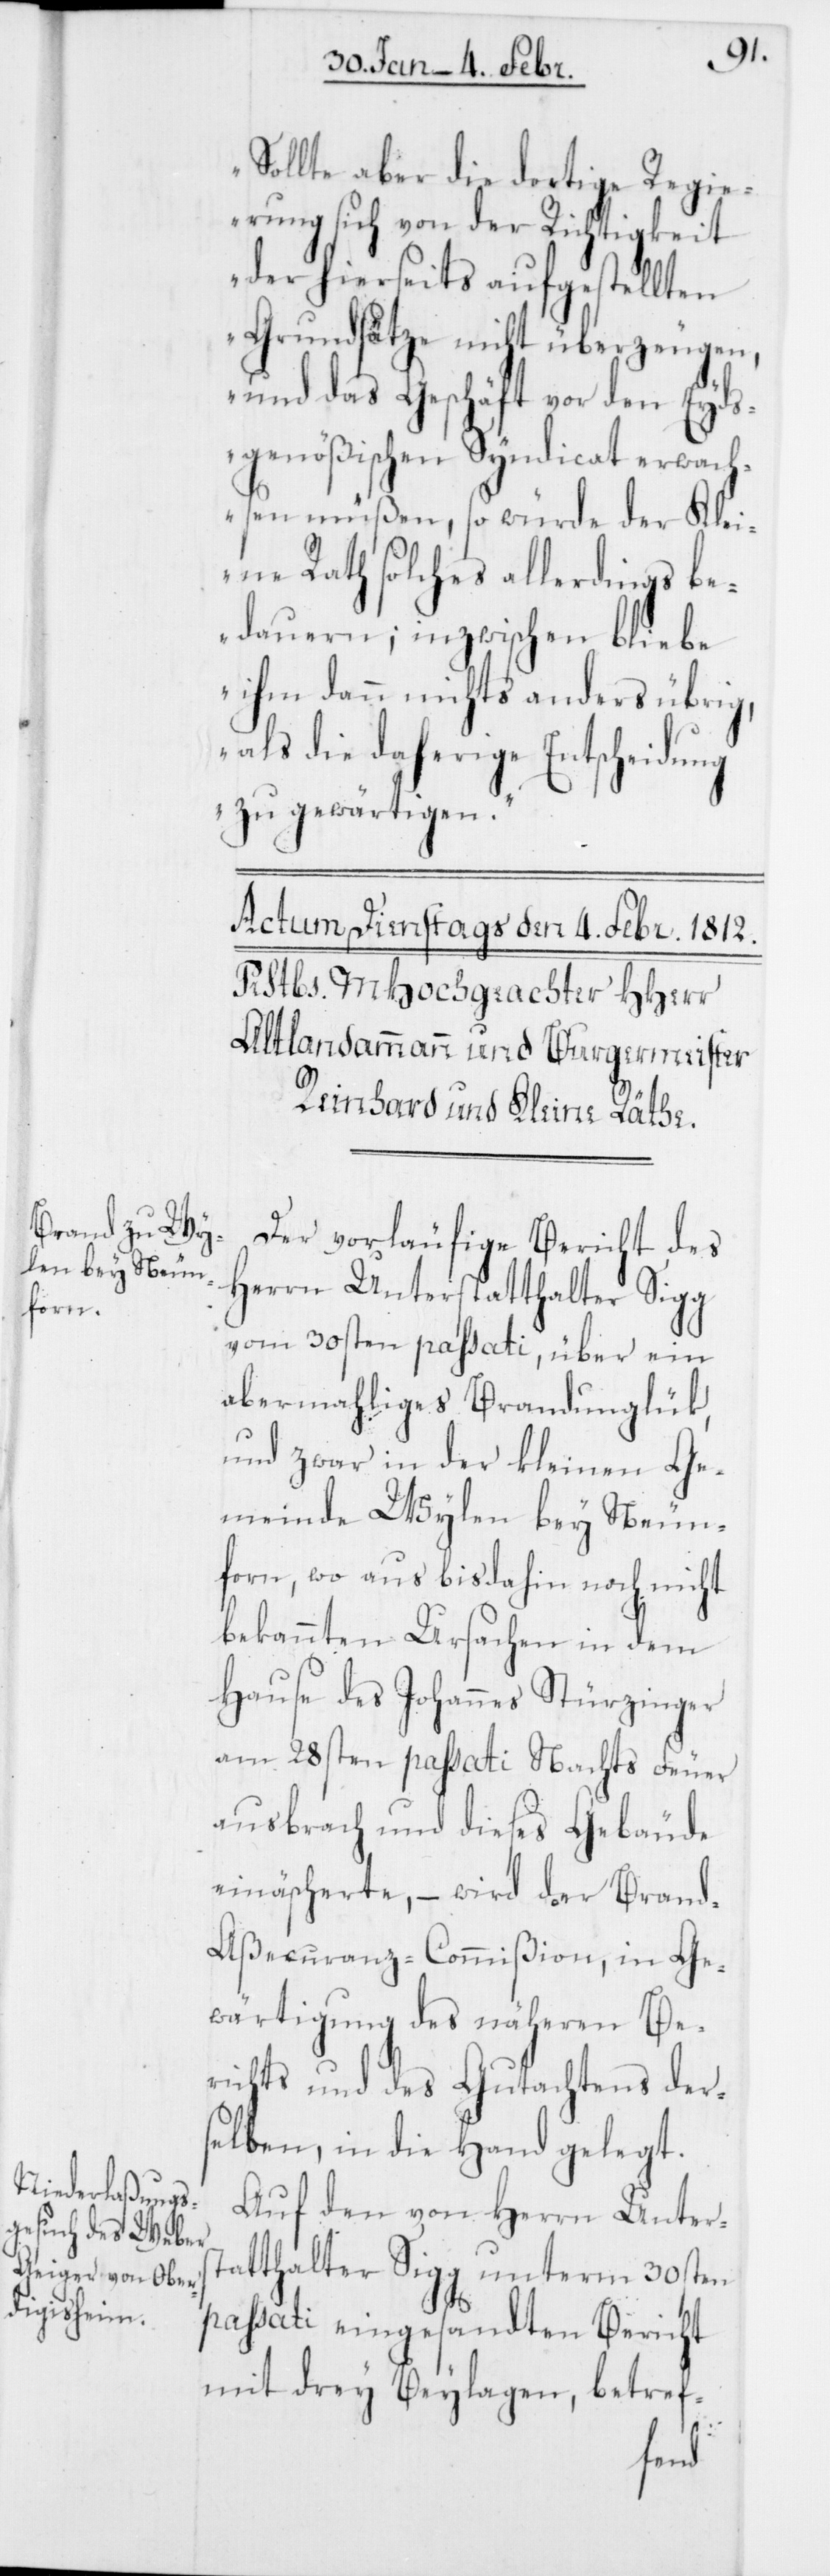
Sollte aber die dortige Regie¬
rung sich von der Richtigkeit
der hierseits aufgestellten
Grundsätze nicht überzeugen,
und das Geschäft vor den Eyds¬
genößischen Syndicat erwach¬
sen müßen, so würde der Klei¬
ne Rath solches allerdings be¬
dauern; inzwischen bliebe
ihm dann nichts anders übrig,
als die daherige Entscheidung
zu gewärtigen.“
Der vorläufige Bericht des
Herrn Unterstatthalter Sigg
vom 30sten passati, über ein
abermahliges Brandunglük,
und zwar in der kleinen Ge¬
meinde Wylen bey Neun¬
forn, wo aus bis dahin noch nicht
bekannten Ursachen in dem
Hause des Johannes Stürzinger
am 28sten passati Nachts Feuer
ausbrach und dieses Gebäude
einäscherte, – wird der Bran¬
d-Aßecuranz-Commißion, in Ge¬
wärtigung des näheren Be¬
richts und des Gutachtens ders¬
elben, in die Hand gelegt.
Auf den von Herrn Unters¬
tatthalter Sigg unterm 30sten
passati eingesandten Bericht
mit drey Beylagen, betref-